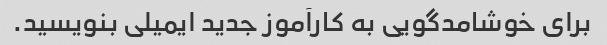
برای خوشامدگویی به کارآموز جدید ایمیلی بنویسید.